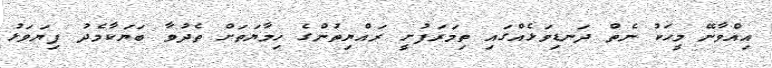
އިއްވާނޭ މީހަކު ނެތް ދަނޑިވަޅެއްގައި ތިމަރަފުށީ ރައްޔިތުންގެ ހިމާޔަތަށް ތެދުވާ ބަޔަކާމެދު ފިޔަވަޅު